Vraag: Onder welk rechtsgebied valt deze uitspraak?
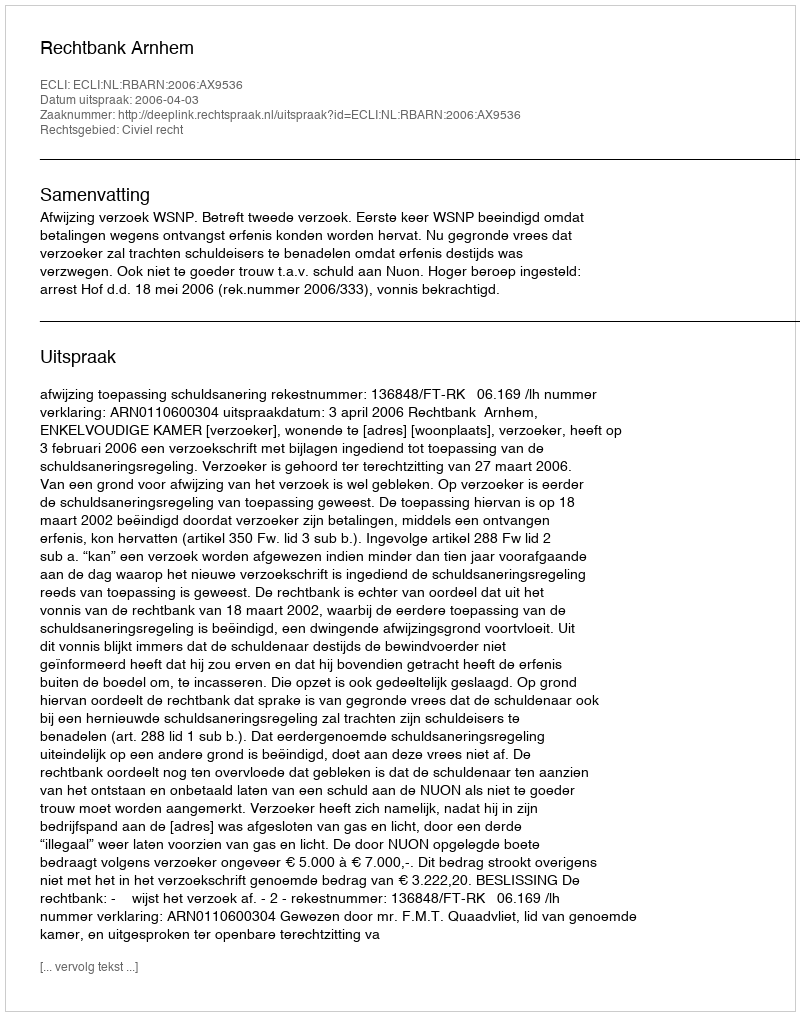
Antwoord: Civiel recht